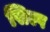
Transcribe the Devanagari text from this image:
सिल्प